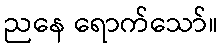
ညနေ ရောက်သော်။